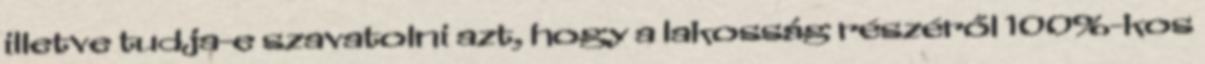
illetve tudja-e szavatolni azt, hogy a lakosság részéről 100%-kos